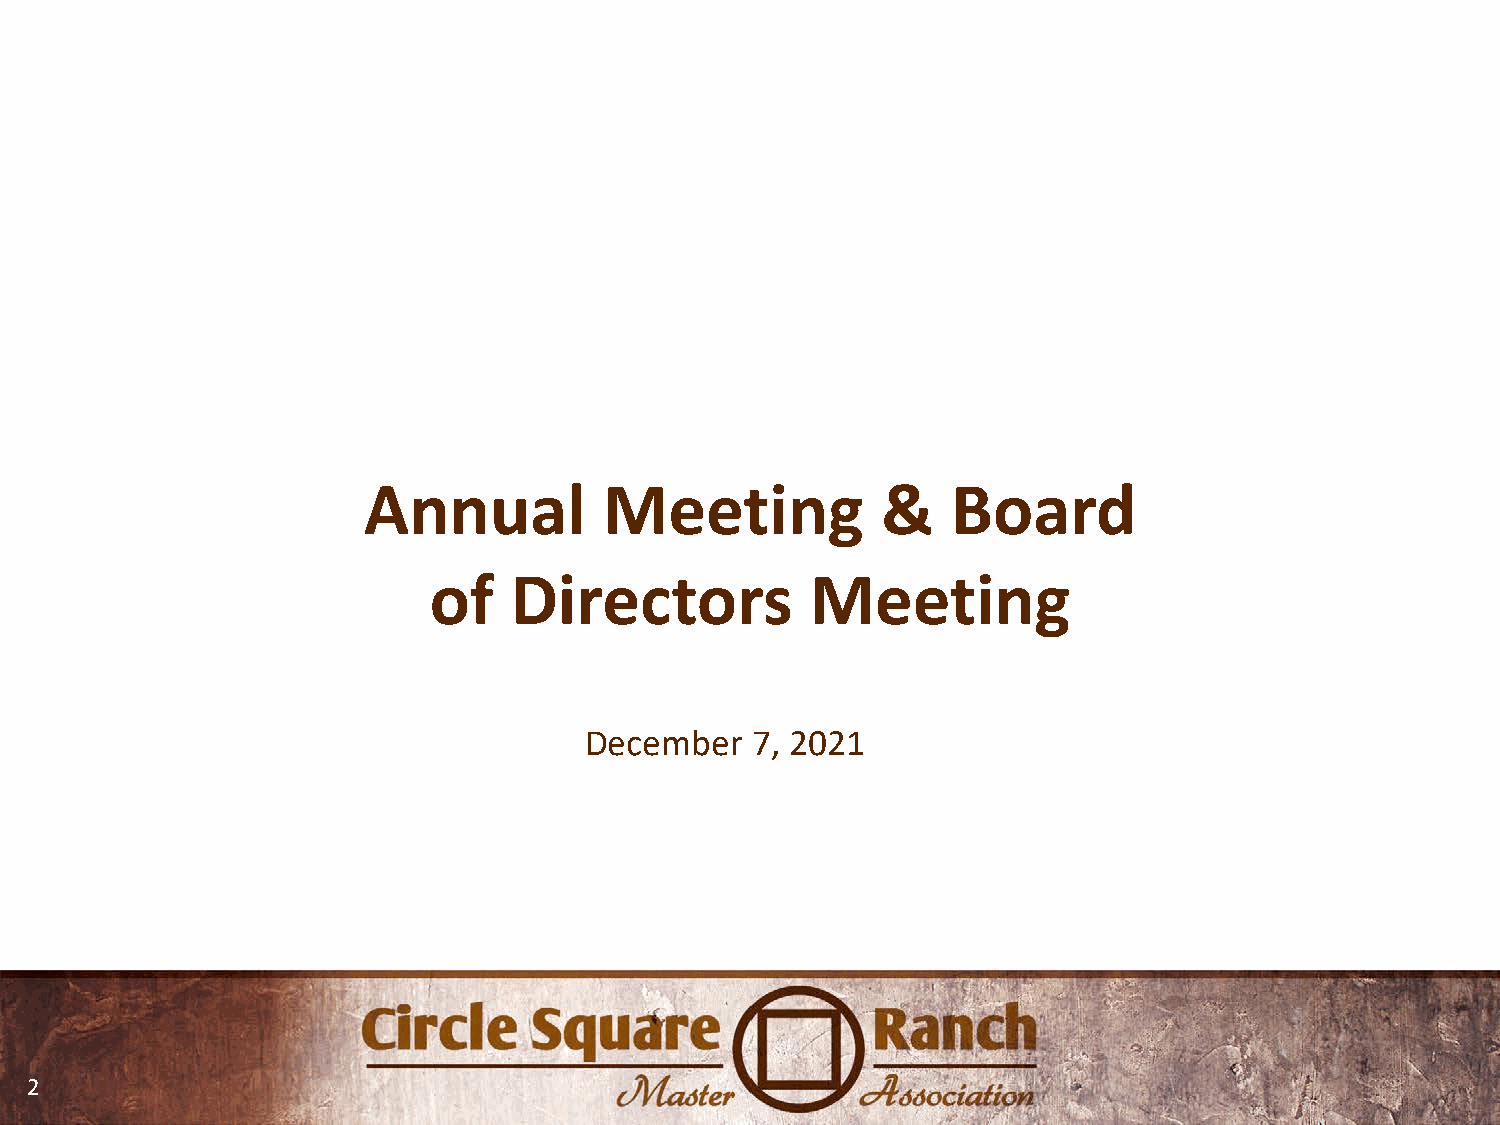
Annual          Meeting           &    Board
 of    Directors           Meeting
 December   7, 2021
 2